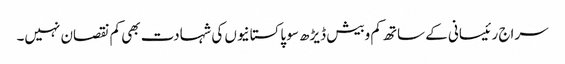
سراج رئیسانی کے ساتھ کم وبیش ڈیڑھ سو پاکستانیوں کی شہادت بھی کم نقصان نہیں۔